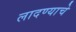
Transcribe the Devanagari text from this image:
लादण्याचे